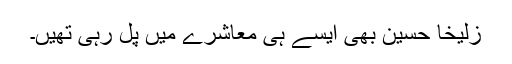
زُلیخا حُسین بھی ایسے ہی معاشرے میں پل رہی تھیں۔